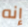
إنه